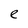
Character: e